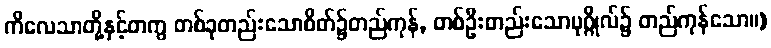
ကိလေသာတို့နှင့်တကွ တစ်ခုတည်းသောစိတ်၌တည်ကုန်, တစ်ဦးတည်းသောပုဂ္ဂိုလ်၌ တည်ကုန်သော။)